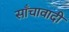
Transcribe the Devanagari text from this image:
साँचावादी